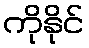
ကိုနိုင်